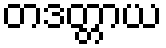
တဒတ္တာယ